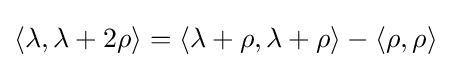
\langle \lambda ,\lambda +2\rho \rangle =\langle \lambda +\rho ,\lambda +\rho \rangle -\langle \rho ,\rho \rangle